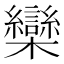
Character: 欒